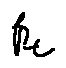
\beta _ { t }